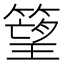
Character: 𥲠